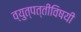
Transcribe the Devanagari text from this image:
व्युत्पत्तीविषयी